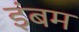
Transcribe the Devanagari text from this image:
इंबम